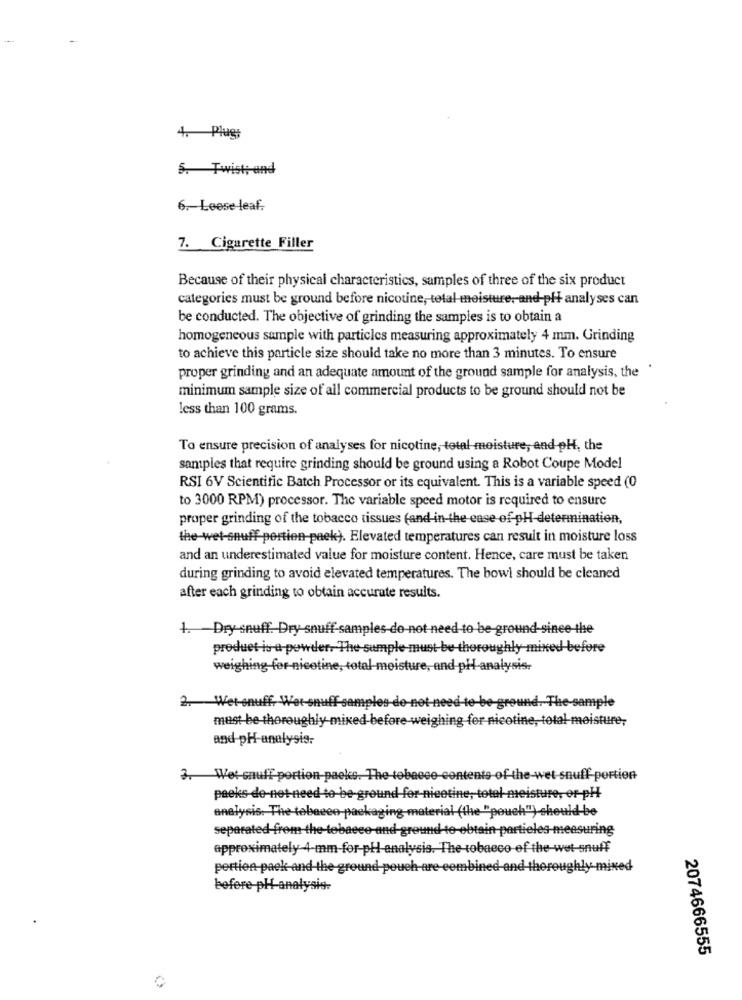
4. Plugs
5. Twist; and
6 .- Leese -leaf.
7. Cigarette Filler
Because of their physical characteristics, samples of three of the six product
categories must be ground before nicotine, total moisture ,- and-pli analyses can
be conducted. The objective of grinding the samples is to obtain a
homogeneous sample with particles measuring approximately 4 mm. Grinding
to achieve this particle size should take no more than 3 minutes. To ensure
proper grinding and an adequate amount of the ground sample for analysis, the
minimum sample size of all commercial products to be ground should not be
less than 100 grams.
To ensure precision of analyses for nicotine, total moisture, and pH, the
samples that require grinding should be ground using a Robot Coupe Model
RSI 6V Scientific Batch Processor or its equivalent. This is a variable speed (0
to 3000 RPM) processor. The variable speed motor is required to ensure
proper grinding of the tobacco tissues (and-in-the ease of pH-determination,
the-wet-snuff portion-paek). Elevated temperatures can result in moisture loss
and an underestimated value for moisture content. Hence, care must be taken
during grinding to avoid elevated temperatures. The bowl should be cleaned
after each grinding to obtain accurate results.
4. Dry snuff. Dry snuff-samples-do not need to be-ground-since the
product is a powder. The sample-must be-thoroughly mixed before
weighing-for-nicotine, total meisture, and pHI analysis.
2. Wet-onu
e-sample
must be-thoroughly mixed-before weighing for nicotine, total moisture,
and pH-analysis.
3. Wet-snuff portion-packs. The
itento of th
-wet snuff-portion
packs-de-net-need to be-ground
, total meisture, or-pH
I (the "pouch") should be
analysis. The tobacco packaging
separated from-the-tobacco-and-ground-to-obtain partieles-measuring
approximately 4-mm-for-pH-analysis. The tobacco of the wet-snuff
pertien pack and the ground pouch are combined and thoroughly mined
before-pH-analysis-
2074666555